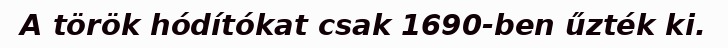
A török hódítókat csak 1690-ben űzték ki.